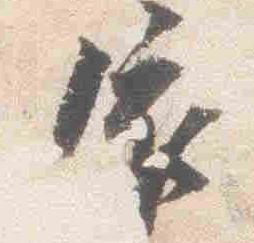
依